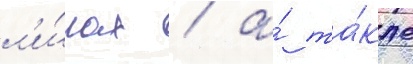
л'и́гах / а́ та́кже